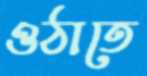
ওঠাতে